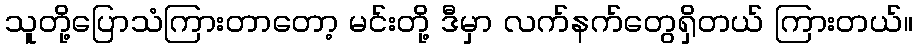
သူတို့ပြောသံကြားတာတော့ မင်းတို့ ဒီမှာ လက်နက်တွေရှိတယ် ကြားတယ်။